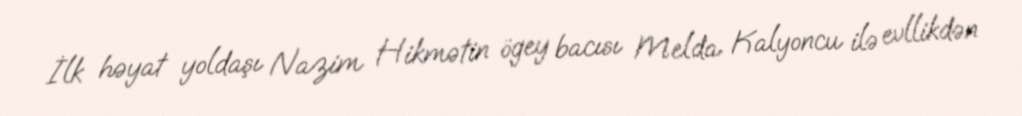
İlk həyat yoldaşı Nazim Hikmətin ögey bacısı Melda Kalyoncu ilə evllikdən